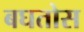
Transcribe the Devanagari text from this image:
बघतोस